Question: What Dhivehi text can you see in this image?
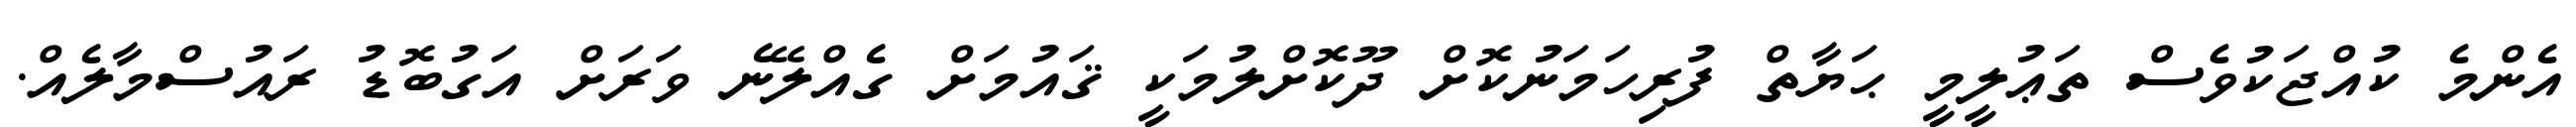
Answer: އެންމެ ކުއްޖަކުވެސް ތަޢުލީމީ ޙަޔާތް ފުރިހަމަނުކޮށް ދޫކޮށްލުމަކީ ޤައުމަށް ގެއްލޭނެ ވަރަށް އަގުބޮޑު ރައުސްމާލެއް.